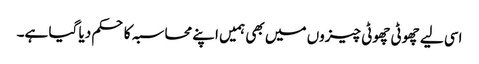
اسی لیے چھوٹی چھوٹی چیزوں میں بھی ہمیں اپنے محاسبہ کا حکم دیا گیا ہے۔